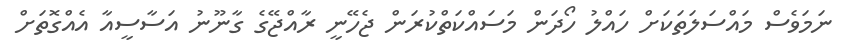
ނަމަވެސް މައްސަލަތަކަށް ހައްލު ހޯދަން މަސައްކަތްކުރަން ޖެހޭނީ ރާއްޖޭގެ ގާނޫނު އަސާސީއާ އެއްގޮތަށް